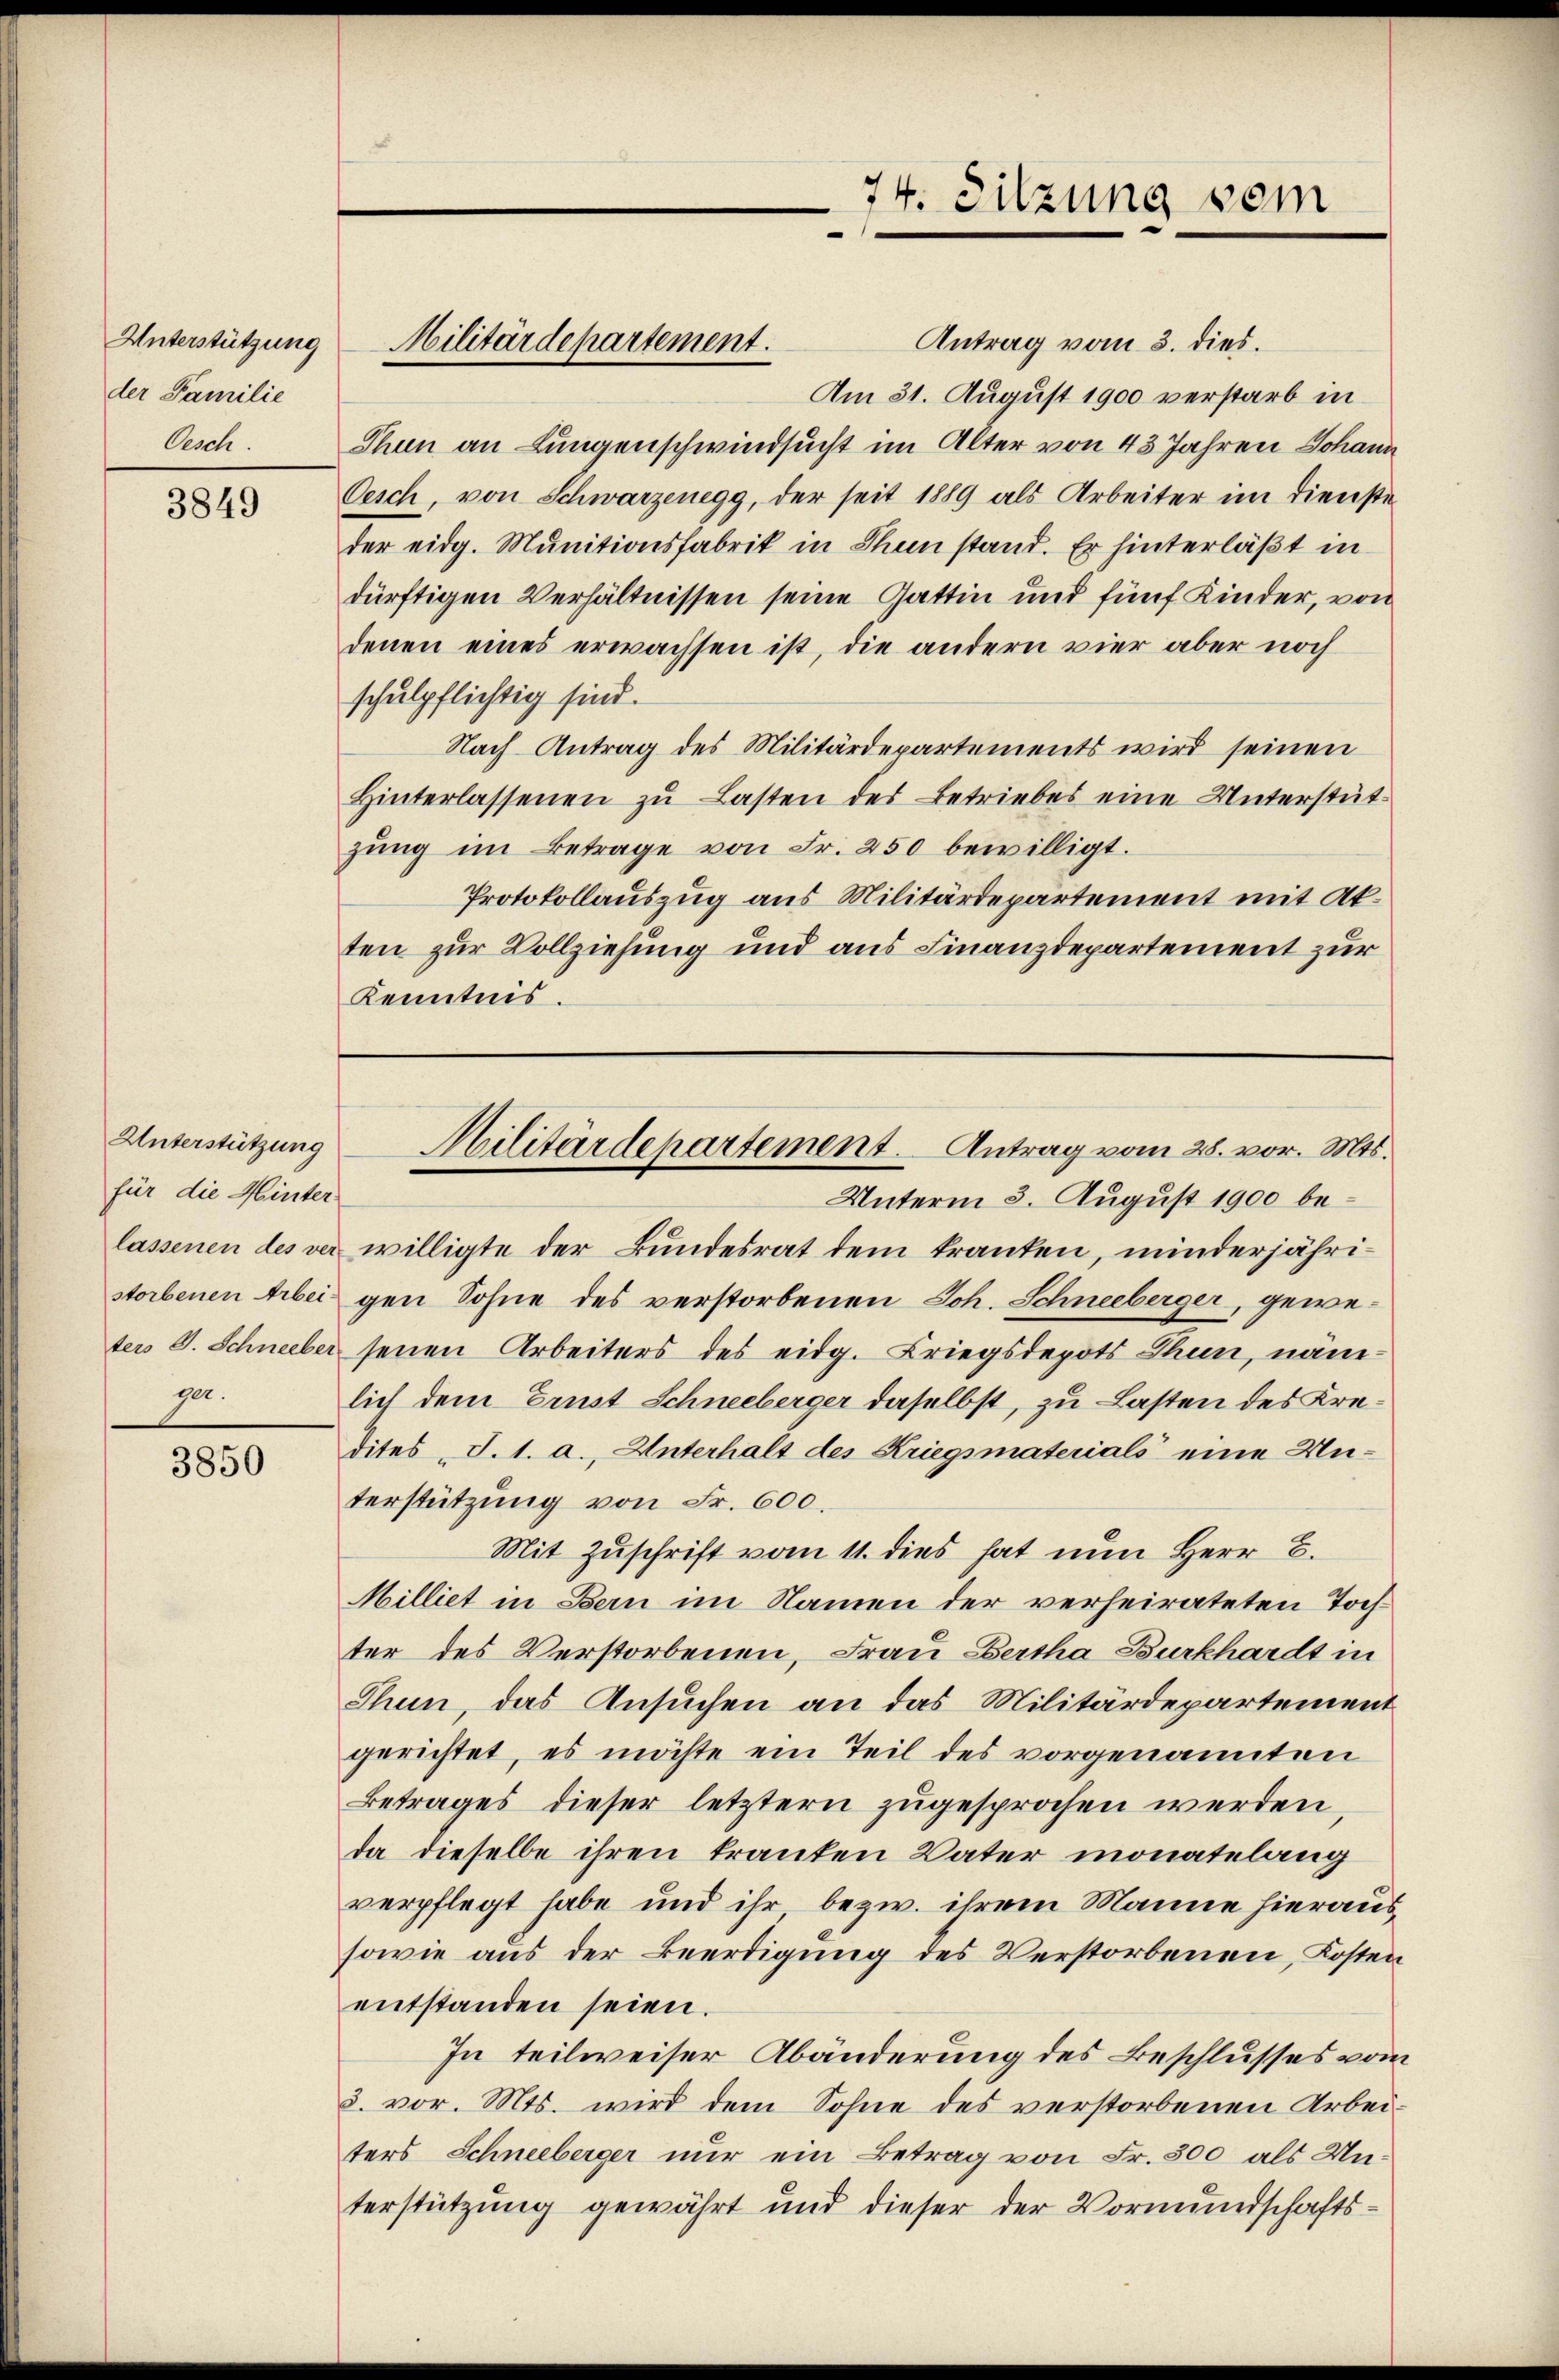
der Familie
Oesch.

3849

Unterstützung
für die Hinter
pa.

3850

Unterstützung Militärdepartement.

74. Sitzung sein

Antrag vom 3. dies.
Am 31. August 1900 verstarb in
Thun an Lungenschwindsucht im Alter von 43 Jahren Johann
Oesch, von Schwarzenegg, der seit 1889 als Arbeiter im Dienste
der eidg. Munitionsfabrik in Thun stand. Er hinterläßt in
dürftigen Verhältnissen seine Gattin und fünf Kinder, von
denen eines erwachsen ist, die andern vier aber noch
schulpflichtig sind.
Nach Antrag des Militärdepartements wird seinen
Hinterlassenen zu Lasten des Betriebes eine Unterstützŭng im Betrage von Fr. 250 bewilligt.
Protokollauszug aus Militärdepartement mit Akten zur Vollziehung und aus Finanzdepartement zur
Kenntnis.

Militärdepartement. Antrag vom 28. vor. Mts.

Unterm 3. August 1900 belassenen des ver willigte der Bundesrat dem kranken, minderjähristorbenen Arbei gen Sohne des verstorbenen Joh. Schneeberger, geweter S. Schneeber seinen Arbeiters des eidg. Kriegsdepots Thun, näm-
lich dem Ernst Schneeberger daselbst, zu Lasten des Kredites J. 1. a., Unterhalt des Kriegsmaterials eine Un-
terstützung von Fr. 600.
Mit Zuschrift vom 11. dies hat nun Herr C.
Milliet in Bern im Namen der verheirateten Tochter des Verstorbenen, Frau Bertha Burkhardt in
Thun, das Ansuchen an das Militärdepartement
gerichtet, es möchte ein Teil des vorgenannten
Betrages dieser letztern zugesprochen werden,
da dieselbe ihren tranken Vater monatelang
verpflegt habe und ihr, bezw. ihrem Manne hieraus
sowie aus der Beerdigung des Verstorbenen, Kosten
entstanden seien.
In teilweiser Abänderung des Beschlusses vom
3. vor. Mts. wird dem Sohne des verstorbenen Arbeiters Schneeberger nur ein Betrag von Fr. 300 als Unterstützung gewährt und dieser der Vormundschafts¬